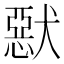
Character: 𤡾